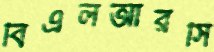
বিএলআরসি